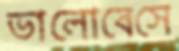
ভালোবেসে